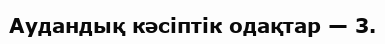
Аудандық кәсіптік одақтар — 3.